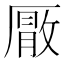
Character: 𭆕